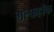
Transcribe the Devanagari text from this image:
गल्फहॉक